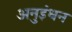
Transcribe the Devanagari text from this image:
अनुइंधन